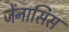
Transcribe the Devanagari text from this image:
जेंनासिस